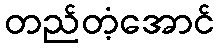
တည်တံ့အောင်